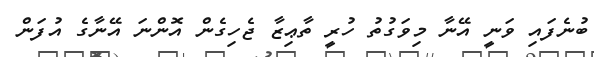
ބުނެފައި ވަނީ އޭނާ މިވަގުތު ހުރީ ތާޢިޒާ ޖެހިގެން އޮންނަ އޭނާގެ އުފަން